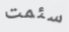
سئمت